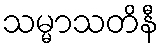
သမ္မာသတိနီ